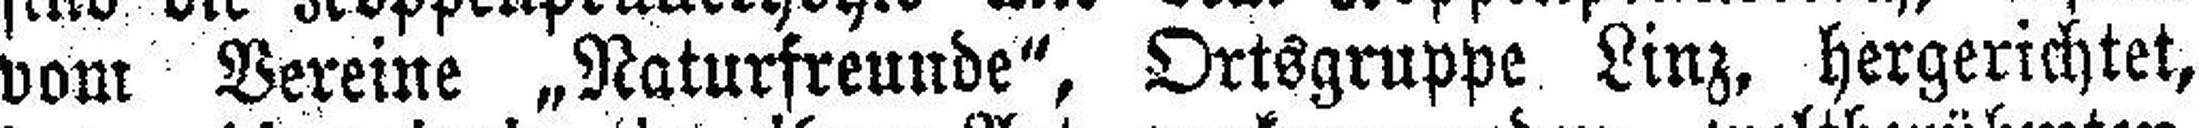
vom Vereine „Naturfreunde", Ortsgruppe Linz, hergerichtet,